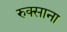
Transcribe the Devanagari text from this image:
रुक्साना